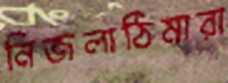
নিজলাঠিমারা